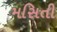
મસિતી